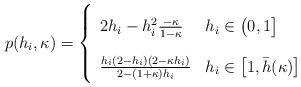
LaTeX: \begin{align*} p (h_i, \kappa) = \left\{ \def\arraystretch{2} \begin{array}{ll} 2h_i - h_i^2 \frac{-\kappa}{1-\kappa} & h_i \in \big(0,1\big] \\ \frac{h_i(2-h_i)(2-\kappa h_i)}{2-(1+\kappa) h_i} & h_i \in \big[1,\bar{h}(\kappa) \big] \end{array} \right.\end{align*}